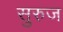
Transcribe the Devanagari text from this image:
सुरुज